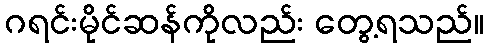
ဂရင်းမိုင်ဆန်ကိုလည်း တွေ့ရသည်။